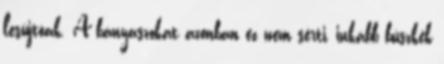
lesújtóak. A bányászokat azonban ez nem sérti, inkább büszkék